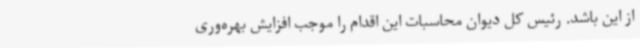
از این باشد. رئیس کل دیوان محاسبات این اقدام را موجب افزایش بهره‌وری